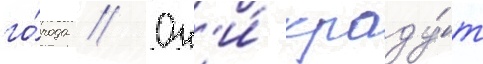
го́рода // Он'и́ краду́т